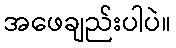
အဖေချည်းပါပဲ။